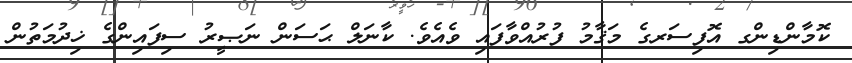
ކޮމާންޑިންގ އޮފިސަރގެ މަޤާމު ފުރުއްވާފައި ވެއެވެ. ކާނަލް ޙަސަން ނަޞީރު ސިފައިންގެ ޚިދުމަތުން